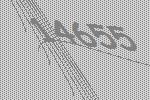
14655